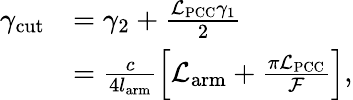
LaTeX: \begin{array}{rl}{\gamma_{\mathrm{cut}}}&{=\gamma_{2}+\frac{\mathcal{L}_{\mathrm{PCC}}\gamma_{1}}{2}}\\ &{=\frac{c}{4l_{\mathrm{arm}}}\left[\mathcal{L}_{\mathrm{arm}}+\frac{\pi\mathcal{L}_{\mathrm{PCC}}}{\mathcal{F}}\right],}\end{array}